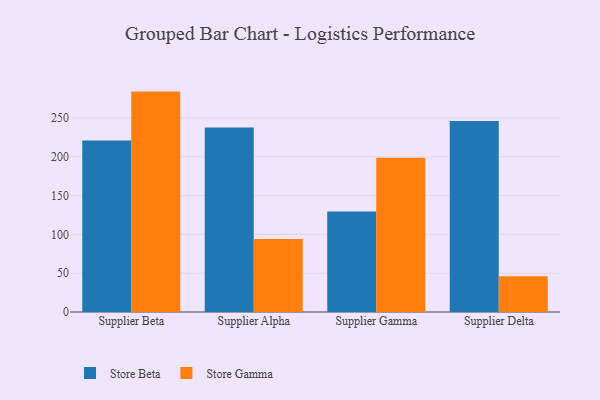
{"axis": {"x": "Supplier", "y": "LTV (USD)"}, "legend": ["Store Beta", "Store Gamma"], "data": [{"x": "Supplier Beta", "y": 220.9, "type": "Store Beta"}, {"x": "Supplier Beta", "y": 284.0, "type": "Store Gamma"}, {"x": "Supplier Alpha", "y": 237.9, "type": "Store Beta"}, {"x": "Supplier Alpha", "y": 94.2, "type": "Store Gamma"}, {"x": "Supplier Gamma", "y": 129.6, "type": "Store Beta"}, {"x": "Supplier Gamma", "y": 198.8, "type": "Store Gamma"}, {"x": "Supplier Delta", "y": 246.2, "type": "Store Beta"}, {"x": "Supplier Delta", "y": 46.1, "type": "Store Gamma"}]}